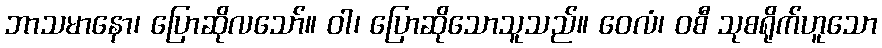
ဘာသမာနော၊ ပြောဆိုလသော်။ ဝါ၊ ပြောဆိုသောသူသည်။ ဝေလံ၊ ဝစီ သုစရိုက်ဟူသော